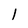
Character: 1